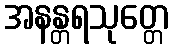
အနန္တရသုတ္တေ